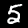
Label: 5